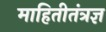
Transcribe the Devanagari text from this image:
माहितीतंत्रज्ञ